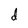
Character: d